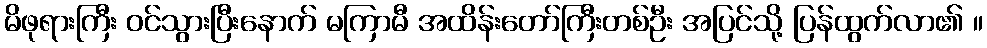
မိဖုရားကြီး ဝင်သွားပြီးနောက် မကြာမီ အထိန်းတော်ကြီးတစ်ဦး အပြင်သို့ ပြန်ထွက်လာ၏ ။